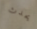
يحدث